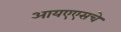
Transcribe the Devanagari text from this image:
आयएएसचे